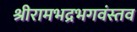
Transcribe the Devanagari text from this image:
श्रीरामभद्रभगवंस्तव